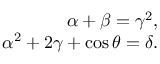
\begin{array} { r } { \alpha + \beta = \gamma ^ { 2 } , } \\ { \alpha ^ { 2 } + 2 \gamma + \cos \theta = \delta . } \end{array}